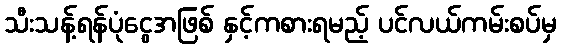
သီးသန့်ရန်ပုံငွေအဖြစ် နှင့်ကစားရမည့် ပင်လယ်ကမ်းစပ်မှ